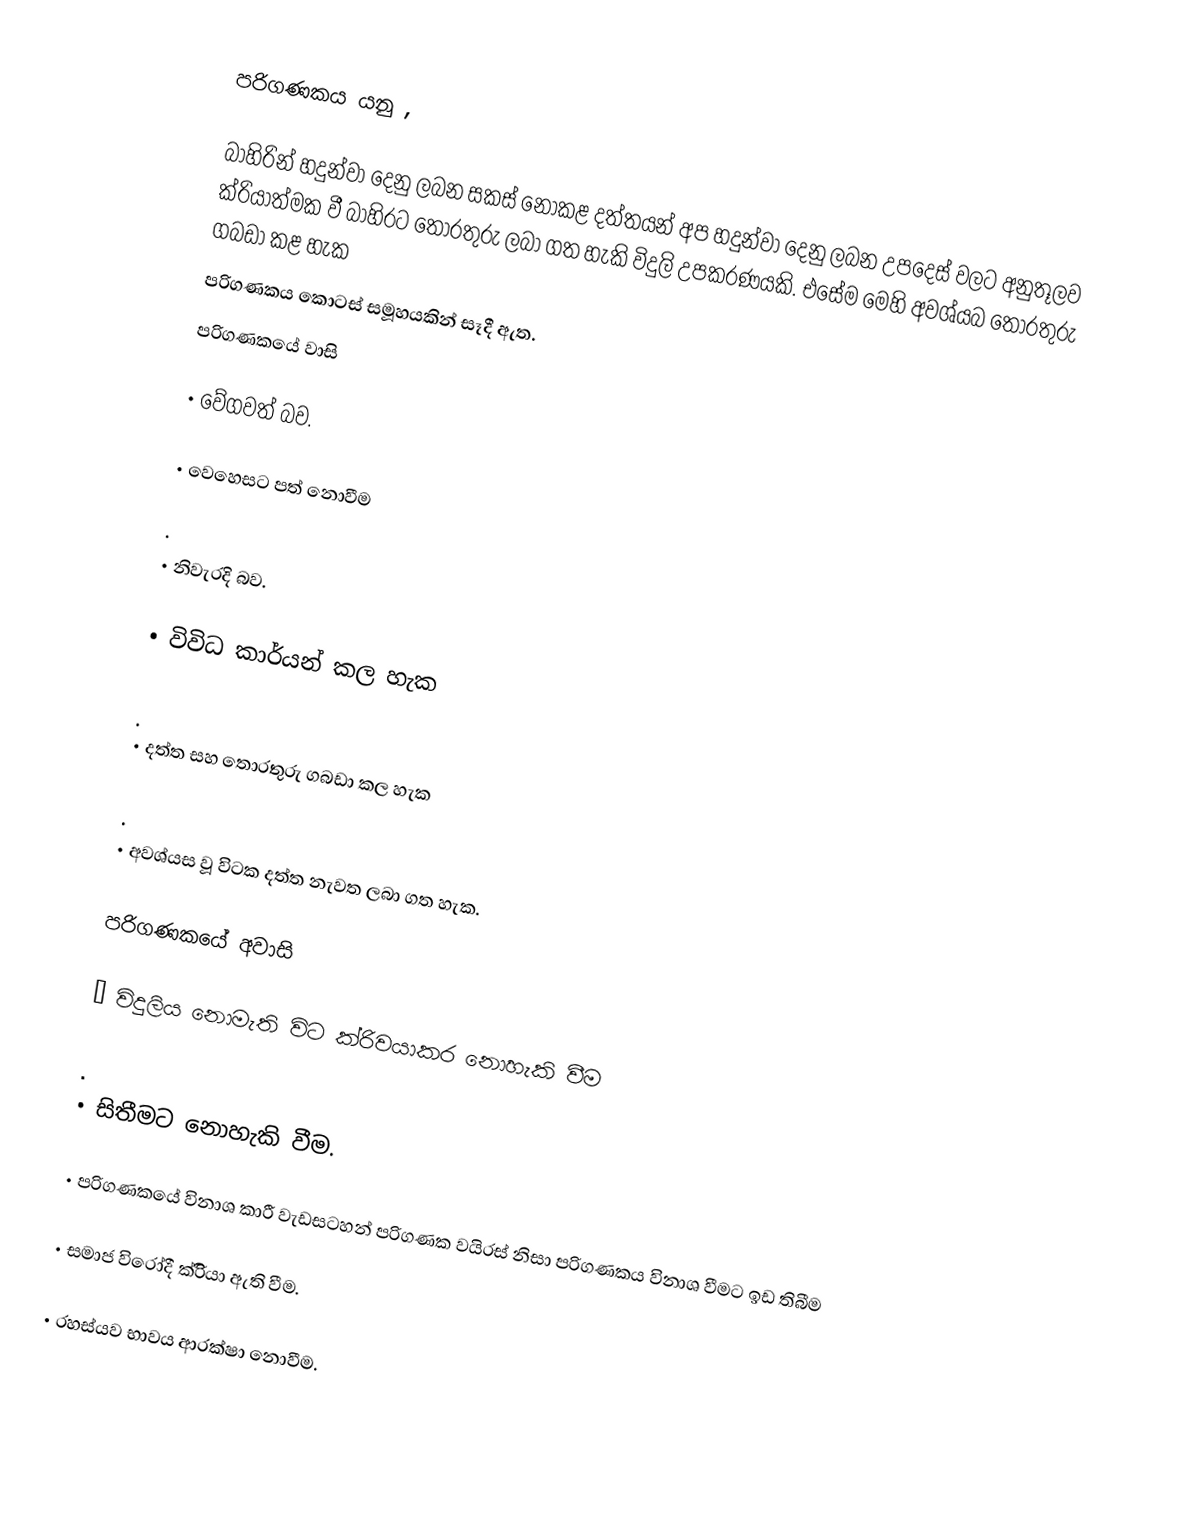
පරිගණකය යනු ,

       බාහිරින් හදුන්වා දෙනු ලබන සකස් නොකළ දත්තයන් අප හදුන්වා දෙනු ලබන  උපදෙස් වලට අනුතූලව ක්රියාත්මක වී බාහිරට තොරතුරු ලබා ගත හැකි විදුලි උපකරණයකි. එසේම මෙහි අවශ්යබ තොරතුරු ගබඩා කළ හැක
      පරිගණකය කොටස් සමූහයකින් සෑදී ඇත.
පරිගණකයේ වාසි

•	වේගවත් බව.

•	වෙහෙසට පත් නොවීම

.
•	නිවැරදි බව.

•	විවිධ කාර්යන් කල හැක

.
•	දත්ත සහ තොරතුරු ගබඩා කල හැක

.
•	අවශ්යස වූ විටක දත්ත නැවත ලබා ගත හැක.

පරිගණකයේ අවාසි

•	විදුලිය නොමැති විට ක්රිවයාකර නොහැකි වීම

.
•	සිතීමට නොහැකි වීම.

•	පරිගණකයේ විනාශ කාරී වැඩසටහන් පරිගණක වයිරස් නිසා පරිගණකය විනාශ වීමට ඉඩ තිබීම

•	සමාජ විරෝදී ක්රිියා ඇති වීම.

•	රහස්යව භාවය ආරක්ෂා නොවීම.